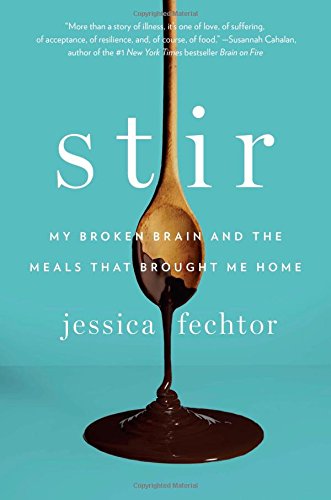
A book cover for Stir: My Broken Brain and the Meals That Brought Me Home; Jessica Fechtor; Cookbooks, Food & Wine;